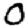
Digit: 0